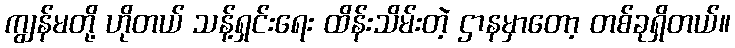
ကျွန်မတို့ ဟိုတယ် သန့်ရှင်းရေး ထိန်းသိမ်းတဲ့ ဌာနမှာတော့ တစ်ခုရှိတယ်။